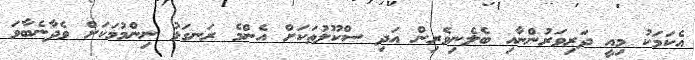
އެކަމަކު މިއީ ދަރިވަރުންނާއި ބެލެނިވެރިން އަދި ސްކޫލުތަކަށް އެންމެ ރަނގަޅު ނިންމުމަކަށް ވެދާނެބާވަ